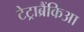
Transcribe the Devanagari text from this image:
टेट्राब्रैंकिआ